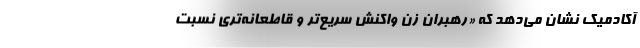
آکادمیک نشان می‌دهد که «رهبران زن واکنش سریع‌تر و قاطعانه‌تری نسبت